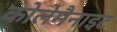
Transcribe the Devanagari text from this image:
कोलेमैनाइट